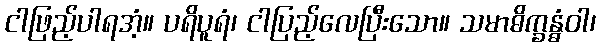
ငါဖြည့်ပါရအံ့။ ပရိပူရံ၊ ငါပြည့်လေပြီးသော။ သမာဓိက္ခန္ဓံဝါ၊